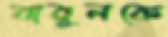
বাবুলকে